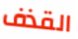
القذف